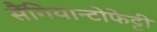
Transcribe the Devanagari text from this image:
सैंगियान्टोफेट्टी